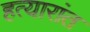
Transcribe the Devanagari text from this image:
हत्यारांत